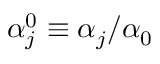
\alpha _ { j } ^ { 0 } \equiv \alpha _ { j } / { \alpha _ { 0 } }